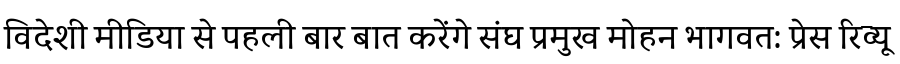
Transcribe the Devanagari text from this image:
विदेशी मीडिया से पहली बार बात करेंगे संघ प्रमुख मोहन भागवत: प्रेस रिव्यू